Vaccine operations Central Provinces 1868-1885 - 1868-1885
Year: 1868
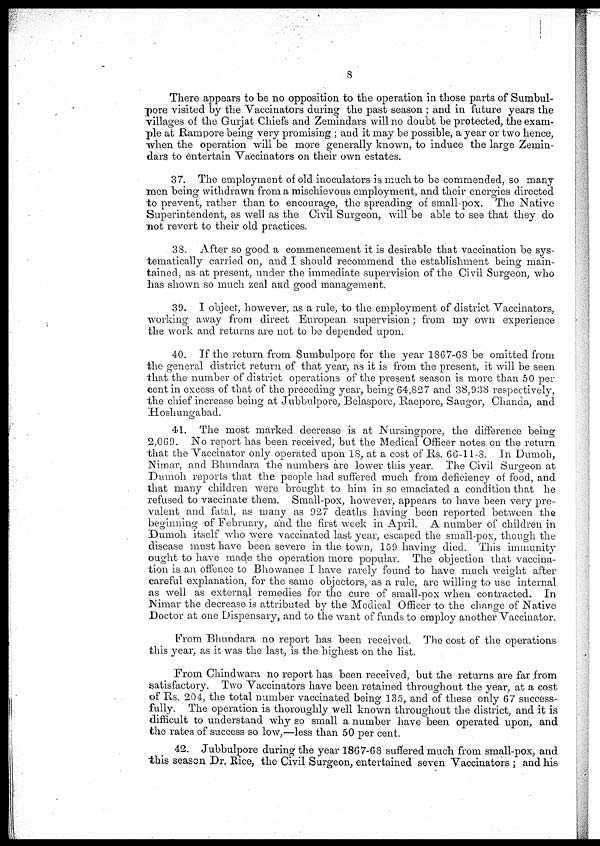
8
There appears to be no opposition to the operation in those parts of Sumbul-
pore visited by the Vaccinators during the past season ; and in future years the
villages of the Gurjat Chiefs and Zemindars will no doubt be protected, the exam-
ple at Rampore being very promising; and it may be possible, a year or two hence,
when the operation will be more generally known, to induce the large Zemin-
dars to entertain Vaccinators on their own estates.
37. The employment of old inoculators is much to be commended, so many
men being withdrawn from a mischievous employment, and their energies directed
to prevent, rather than to encourage, the spreading of small-pox. The Native
Superintendent, as well as the Civil Surgeon, will be able to see that they do
not revert to their old practices.
38. After so good a commencement it is desirable that vaccination be sys-
tematically carried on, and I should recommend the establishment being main-
tained, as at present, under the immediate supervision of the Civil Surgeon, who
has shown so much zeal and good management.
39. I object, however, as a rule, to the employment of district Vaccinators,
working away from direct European supervision; from my own experience
the work and returns are not to be depended upon.
40. If the return from Sumbulpore for the year 1867-68 be omitted from
the general district return of that year, as it is from the present, it will be seen
that the number of district operations of the present season is more than 50 per
cent in excess of that of the preceding year, being 64,827 and 38,938 respectively,
the chief increase being at Jubbulpore, Belaspore, Raepore, Saugor, Chanda, and
Hoshungabad.
41. The most marked decrease is at Nursingpore, the difference being
2,069. No report has been received, but the Medical Officer notes on the return
that the Vaccinator only operated upon 18, at a cost of Rs. 66-11-8. In Dumoh,
Nimar, and Bhundara the numbers are lower this year. The Civil Surgeon at
Dumoh reports that the people had suffered much from defìciency of food, and
that many children were brought to him in so emaciated a condition that he
refused to vaccinate them. Small-pox, however, appears to have been very pre-
valent and fatal, as many as 927 deaths having been reported between the
beginning of February, and the first week in April. A number of children in
Dumoh itself who were vaccinated last year, escaped the small-pox, though the
disease must have been severe in the town, 159 having died. This immunity
ought to have made the operation more popular. The objection that vaccina-
tion is an offence to Bhowanee I have rarely found to have much weight after
careful explanation, for the same objectors, as a rule, are willing to use internal
as well as external remedies for the cure of small-pox when contracted. In
Nimar the decrease is attributed by the Medical Officer to the change of Native
Doctor at one Dispensary, and to the want of funds to employ another Vaccinator.
From Bhundara no report has been received. The cost of the operations
this year, as it was the last, is the highest on the list.
From Chindwara no report has been received, but the returns are far from
satisfactory. Two Vaccinators have been retained throughout the year, at a cost
of Rs. 204, the total number vaccinated being 135, and of these only 67 success-
fully. The operation is thoroughly well known throughout the district, and it is
difficult to understand why so small a number have been operated upon, and
the rates of success so low,—less than 50 per cent.
42. Jubbulpore during the year 1867-68 suffered much from small-pox, and
this season Dr. Rice, the Civil Surgeon, entertained seven Vaccinators ; and his